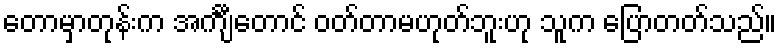
တောမှာတုန်းက အင်္ကျီတောင် ဝတ်တာမဟုတ်ဘူးဟု သူက ပြောတတ်သည်။